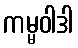
ကမ္မဝါဒါ